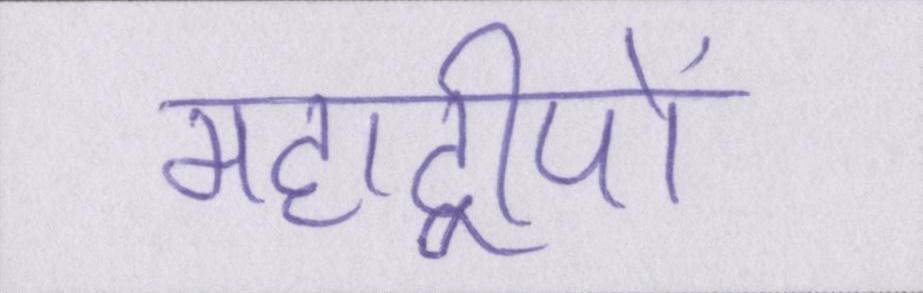
महाद्वीपों